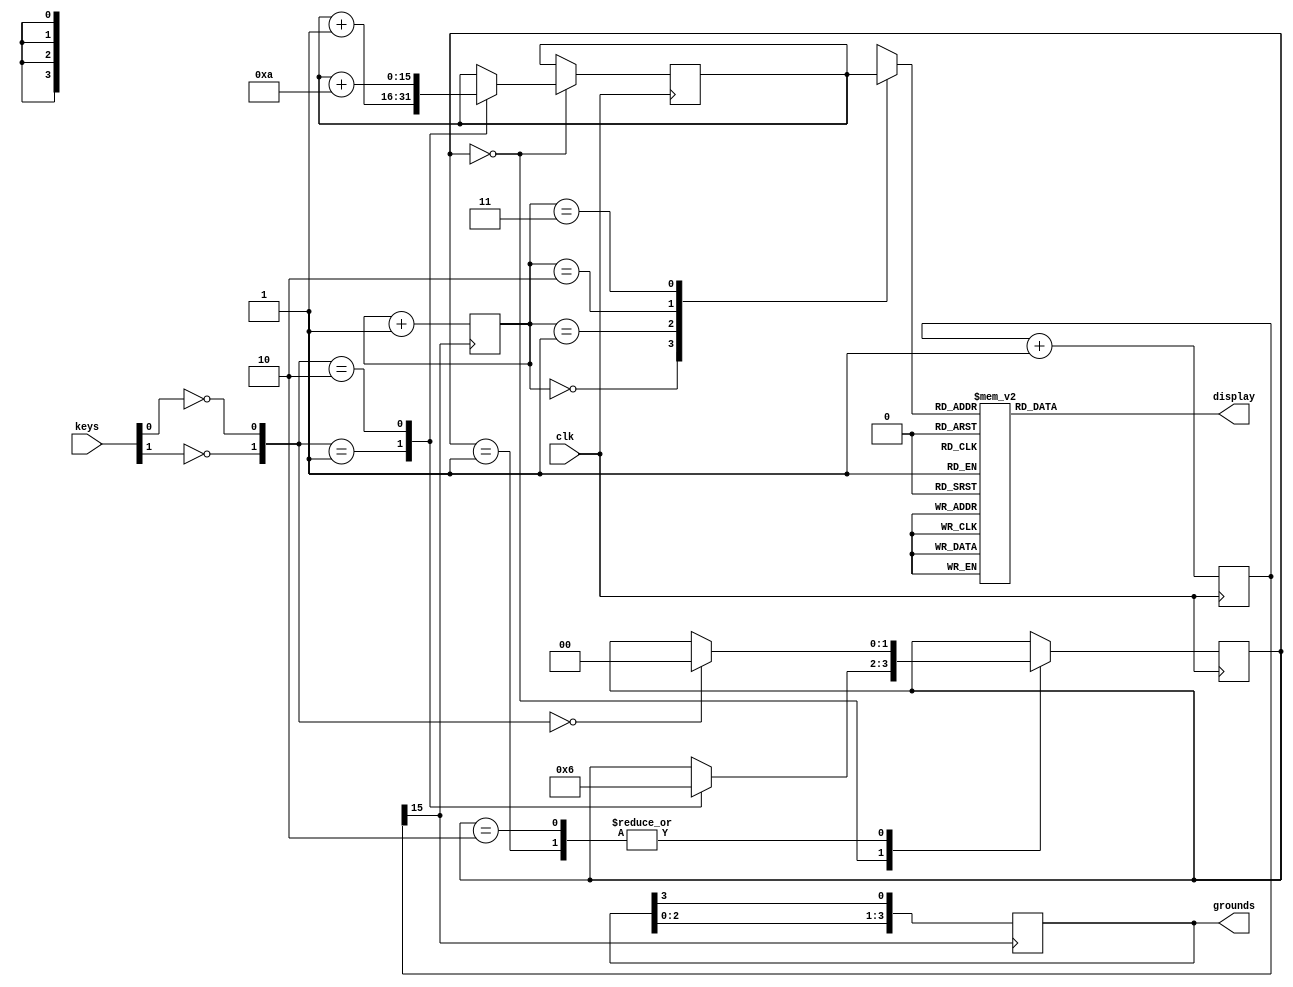
module ssegment_ex3(grounds, display,clk, keys);

output reg [3:0] grounds;
output reg [6:0] display;
input [1:0] keys;
input clk;

reg [3:0] data [3:0]; //number to be printed
reg [1:0] count;
reg [25:0] clk1;
reg [15:0] number;
wire [1:0] buttons;
reg[1:0] state;

assign buttons = {~keys[1], ~keys[0]};

always @(posedge clk1[15])
begin
	grounds <= {grounds[2:0], grounds[3]};
	count <= count+1;
end

always @(posedge clk)
	begin
		case(state)
			2'b00:
				begin
					case(buttons)
						2'b01:
							begin
								state <= 2'b01;
								number <= number+1;
							end
						2'b10:
							begin
								state <= 2'b10;
								number <= number+10;
							end
					endcase
				end
			
			2'b01:
				begin
					if(buttons==2'b00)
						state <= 2'b00;
				end
			2'b10:
				begin
					if(buttons==2'b00)
						state <= 2'b00;
				end
			endcase
	end
	

always @(posedge clk)
	clk1 <= clk1+1;

always @(*)
		case(data[count])	
			0:display=7'b1111110; //starts with a, ends with g
			1:display=7'b0110000;
			2:display=7'b1101101;
			3:display=7'b1111001;
			4:display=7'b0110011;
			5:display=7'b1011011;
			6:display=7'b1011111;
			7:display=7'b1110000;
			8:display=7'b1111111;
			9:display=7'b1111011;
			'ha:display=7'b1110111;
			'hb:display=7'b0011111;
			'hc:display=7'b1001110;
			'hd:display=7'b0111101;
			'he:display=7'b1001111;
			'hf:display=7'b1000111;
			default display=7'b1111111;
		endcase
	
	always @(*)
		begin
			data[0] = number[15:12];
			data[1] = number[11:8];
			data[2] = number[7:4];
			data[3] = number[3:0];
		end
		
initial begin
	number = 0;
	count = 2'b00;
	grounds =4'b1110;
	clk1=0;
end

endmodule